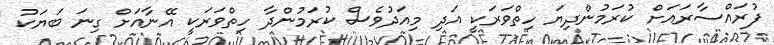
ފުރައްސާރައަށް ކުރަމުންދިޔަ ހިތްވަރަކީ އަދި މިއަދުވެސް ކުރަމުންދާ ހިތްވަރަކީ އޭނާއަށް ގިނަ ބަޔަކު